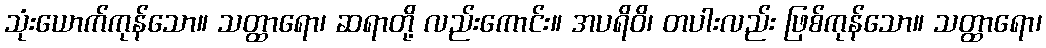
သုံးယောက်ကုန်သော။ သတ္ထာရော၊ ဆရာတို့ လည်းကောင်း။ အပရိဝိ၊ တပါးလည်း ဖြစ်ကုန်သော။ သတ္ထာရော၊